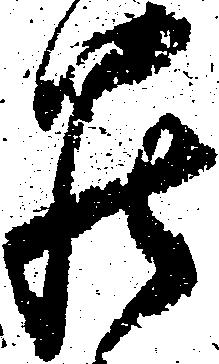
罷